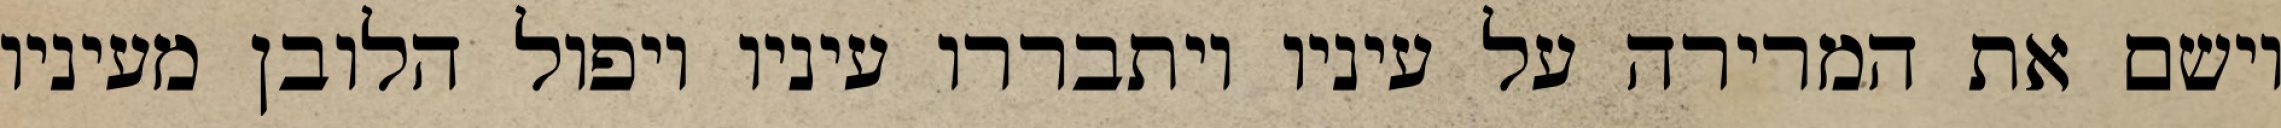
וישם את המרירה על עיניו ויתבררו עיניו ויפול הלובן מעיניו